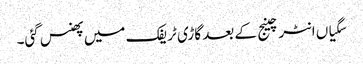
سگیاں انٹرچینج کے بعد گاڑی ٹریفک میں پھنس گئی۔